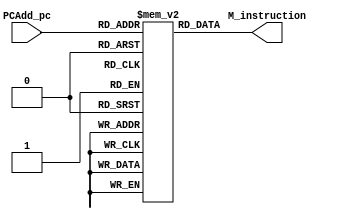
module Instruction_Mem(
    input      [11:0] PCAdd_pc,
    output     [15:0] M_instruction
); //instruction memory(fetch)

    reg [15:0] instM[4095:0];

    //Data forward
    /*initial begin //4+2+1+2+1 = 10, r5 <- 10
        instM[0] = 16'b0110_0001_0100_0001; //r1 = r1 + 4
        instM[1] = 16'b0110_0001_0010_0010; //r2 = r1 + 2
        instM[2] = 16'b0110_0010_0001_0011; //r3 = r2 + 1
        instM[3] = 16'b0110_0011_0010_0100; //r4 = r3 + 2
        instM[4] = 16'b0110_0100_0001_0101; //r5 = r4 + 1
    end*/

    //Branch
    initial begin 
        instM[0] = 16'b0110_0001_0100_0001; //r1 = r1 + 4
        instM[1] = 16'b0110_0010_0100_0010; //r2 = r2 + 4
        instM[2] = 16'b0110_0011_0001_0011; //r3 = r3 + 1
        instM[3] = 16'b0110_0100_0001_0100; //r4 = r4 + 1
        instM[4] = 16'b0111_0001_0001_0001; //r1 = r1 - 1
        instM[5] = 16'b1001_0001_0001_0101; //BNE r1, 1
        //if(r1=1)
        instM[6] = 16'b0110_0001_0100_0010; //r2 = r1 + 4
        instM[7] = 16'b0110_0010_0100_0011; //r3 = r2 + 4
        instM[8] = 16'b0110_1111_0000_1111; //unused
        instM[9] = 16'b0110_1111_0000_1111; //unused
        instM[10] = 16'b0010_0011_0010_0100; //r4 = r3 + r2
    end

    //Load and Store
    /*initial begin
        instM[0] = 16'b0000_0001_0100_0001; //r1 = mem[r1 + 4], (r1 = 4)
        instM[1] = 16'b0110_0010_0100_0010; //r2 = r2 + 4
        instM[2] = 16'b0110_0011_0001_0011; //r3 = r3 + 1
        instM[3] = 16'b0110_0001_1111_0001; //r1 = r1 + 15
        instM[4] = 16'b0001_0001_0000_0000; //mem[r1] = r1
    end*/
    

    //Datafoward with LDA
    /*initial begin
        instM[0] = 16'b0000_0000_1111_0001; //r1 = mem[15](15)
        instM[1] = 16'b0110_1000_0000_1000; //unused
        instM[2] = 16'b0110_1000_0000_1000; //unused
        instM[3] = 16'b0110_0001_0010_0010; //r2 = r1 + 2
        instM[4] = 16'b0110_0010_0001_0011; //r3 = r2 + 1
        instM[5] = 16'b0110_0011_0010_0100; //r4 = r3 + 2
        instM[6] = 16'b0110_0100_0001_0101; //r5 = r4 + 1
    end*/

    assign M_instruction = instM[PCAdd_pc];

endmodule